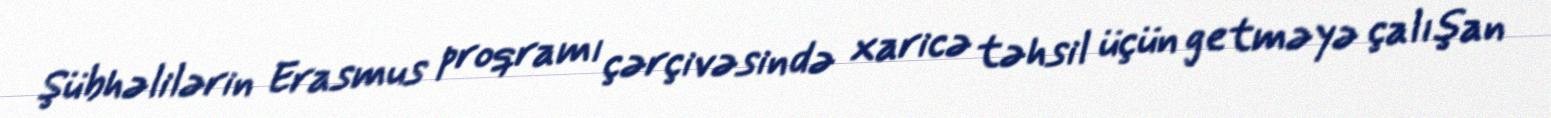
Şübhəlilərin Erasmus proqramı çərçivəsində xaricə təhsil üçün getməyə çalışan